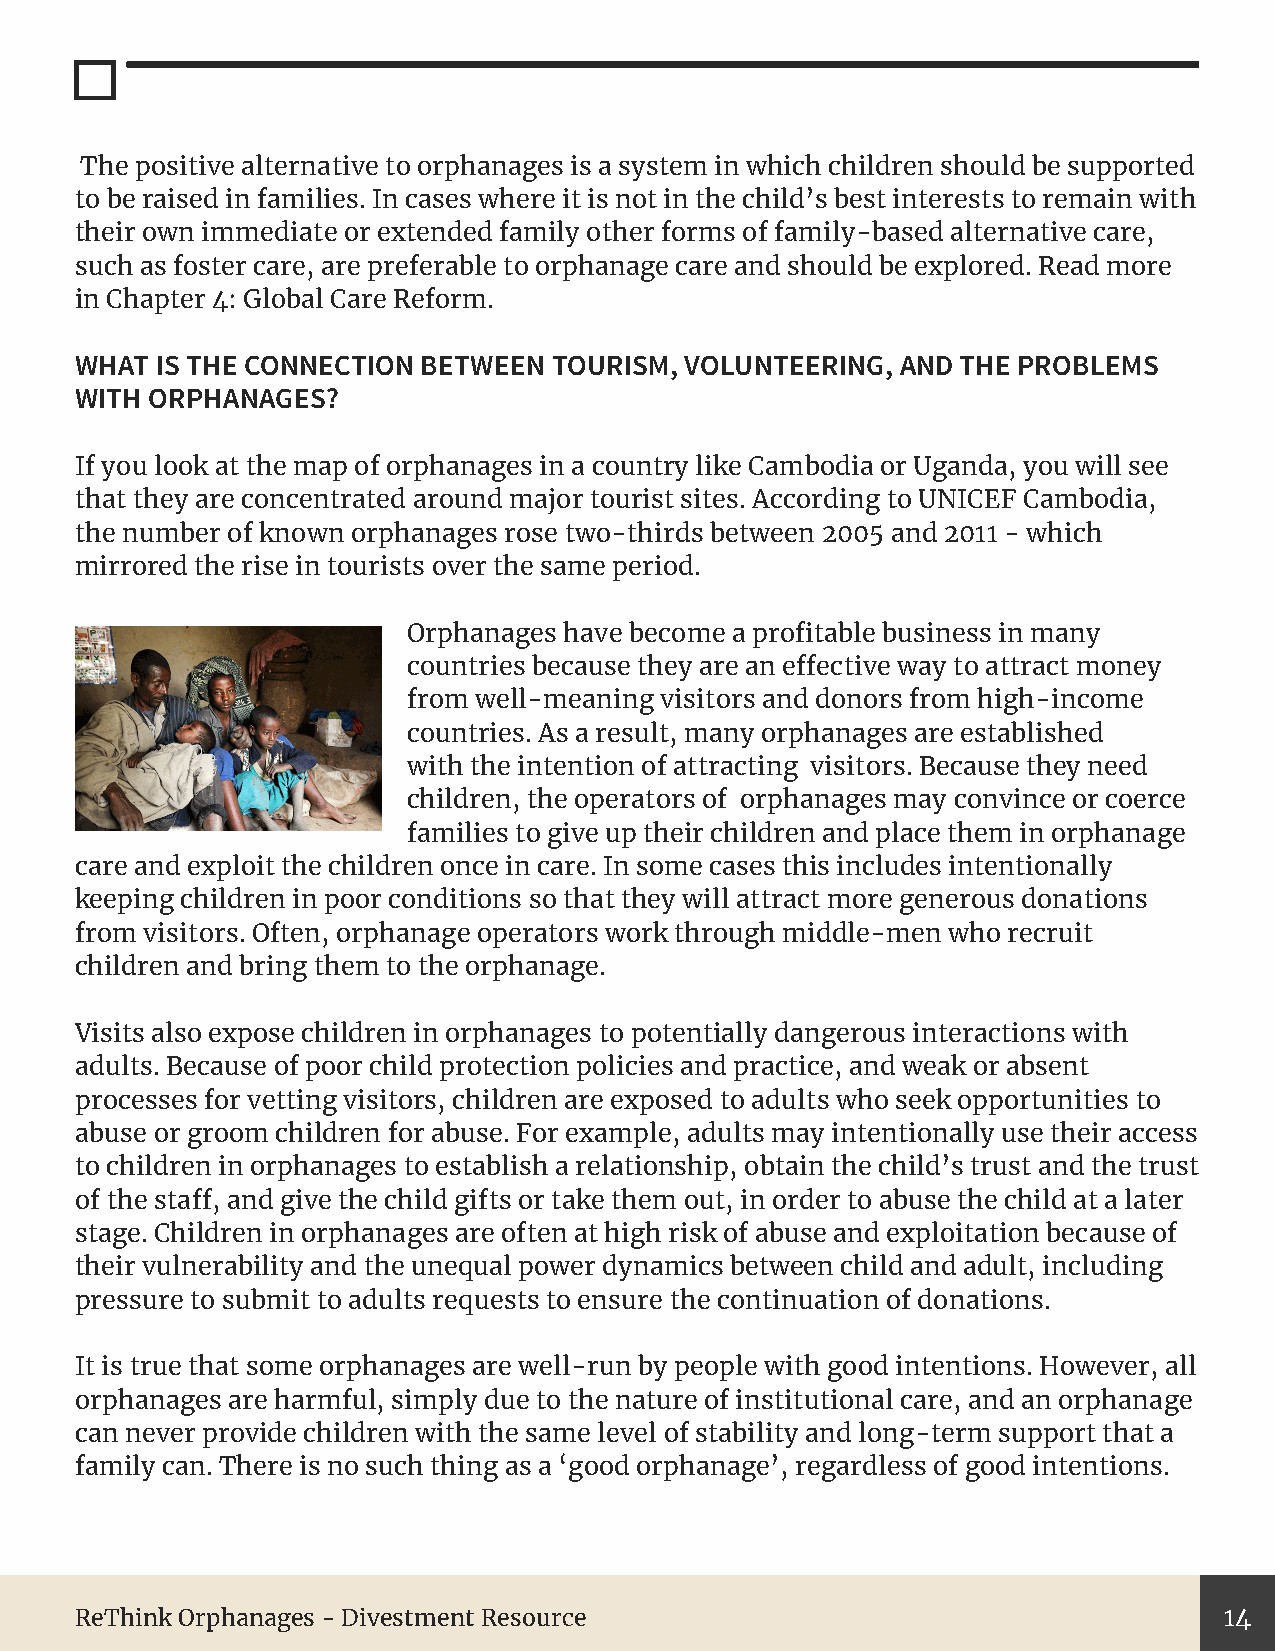
The positive alternative to orphanages is a system in which children should be supported
 to be raised in families. In cases where it is not in the child’s best interests to remain with
 their own immediate or extended family other forms of family-based alternative care,
 such as foster care, are preferable to orphanage care and should be explored. Read more
 in Chapter 4: Global Care Reform.
 WHAT IS THE CONNECTION BETWEEN  TOURISM, VOLUNTEERING, AND THE PROBLEMS
 WITH ORPHANAGES?
 If you look at the map of orphanages in a country like Cambodia or Uganda, you will see
 that they are concentrated around major tourist sites. According to UNICEF Cambodia,
 the number of known orphanages rose two-thirds between 2005 and 2011 - which
 mirrored the rise in tourists over the same period.
 Orphanages have become a profitable business in many
 countries because they are an effective way to attract money
 from well-meaning visitors and donors from high-income
 countries. As a result, many orphanages are established
 with the intention of attracting visitors. Because they need
 children, the operators of orphanages may convince or coerce
 families to give up their children and place them in orphanage
 care and exploit the children once in care. In some cases this includes intentionally
 keeping children in poor conditions so that they will attract more generous donations
 from visitors. Often, orphanage operators work through middle-men who recruit
 children and bring them to the orphanage.
 Visits also expose children in orphanages to potentially dangerous interactions with
 adults. Because of poor child protection policies and practice, and weak or absent
 processes for vetting visitors, children are exposed to adults who seek opportunities to
 abuse or groom children for abuse. For example, adults may intentionally use their access
 to children in orphanages to establish a relationship, obtain the child’s trust and the trust
 of the staff, and give the child gifts or take them out, in order to abuse the child at a later
 stage. Children in orphanages are often at high risk of abuse and exploitation because of
 their vulnerability and the unequal power dynamics between child and adult, including
 pressure to submit to adults requests to ensure the continuation of donations.
 It is true that some orphanages are well-run by people with good intentions. However, all
 orphanages are harmful, simply due to the nature of institutional care, and an orphanage
 can never provide children with the same level of stability and long-term support that a
 family can. There is no such thing as a ‘good orphanage’, regardless of good intentions.
 ReThink Orphanages - Divestment Resource                                    14